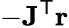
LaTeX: -\mathbf{J}^{\mathsf{T}}\mathbf{r}